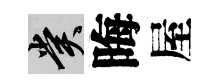
賞晦屋